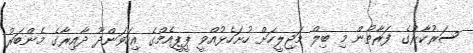
ސަރުކާރުގެ ފަރާތުން މި ބިލް މަޖިލީހަށް ހުށަހެޅުއްވީ ޕީޕީއެމްގެ އިހަވަންދޫ ދާއިރާގެ މެންބަރު